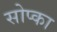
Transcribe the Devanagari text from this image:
सोप्का